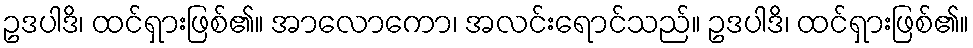
ဥဒပါဒိ၊ ထင်ရှားဖြစ်၏။ အာလောကော၊ အလင်းရောင်သည်။ ဥဒပါဒိ၊ ထင်ရှားဖြစ်၏။